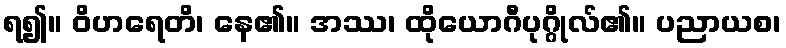
ရ၍။ ဝိဟရေတိ၊ နေ၏။ အဿ၊ ထိုယောဂီပုဂ္ဂိုလ်၏။ ပညာယစ၊